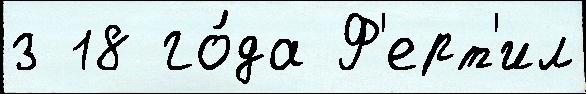
з 18 го́да Ф'ерт'ил